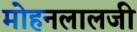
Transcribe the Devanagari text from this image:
मोहनलालजी